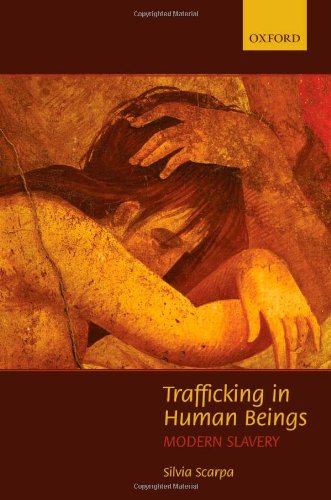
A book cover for Trafficking in Human Beings: Modern Slavery; Silvia Scarpa; Law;